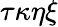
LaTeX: \tau\kappa\eta\xi